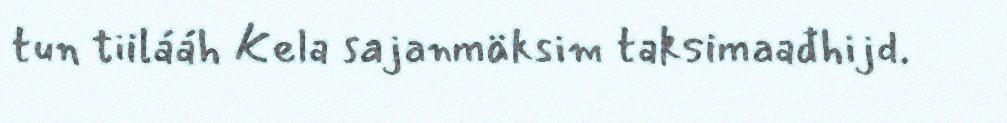
tun tiilááh Kela sajanmäksim taksimaađhijd.